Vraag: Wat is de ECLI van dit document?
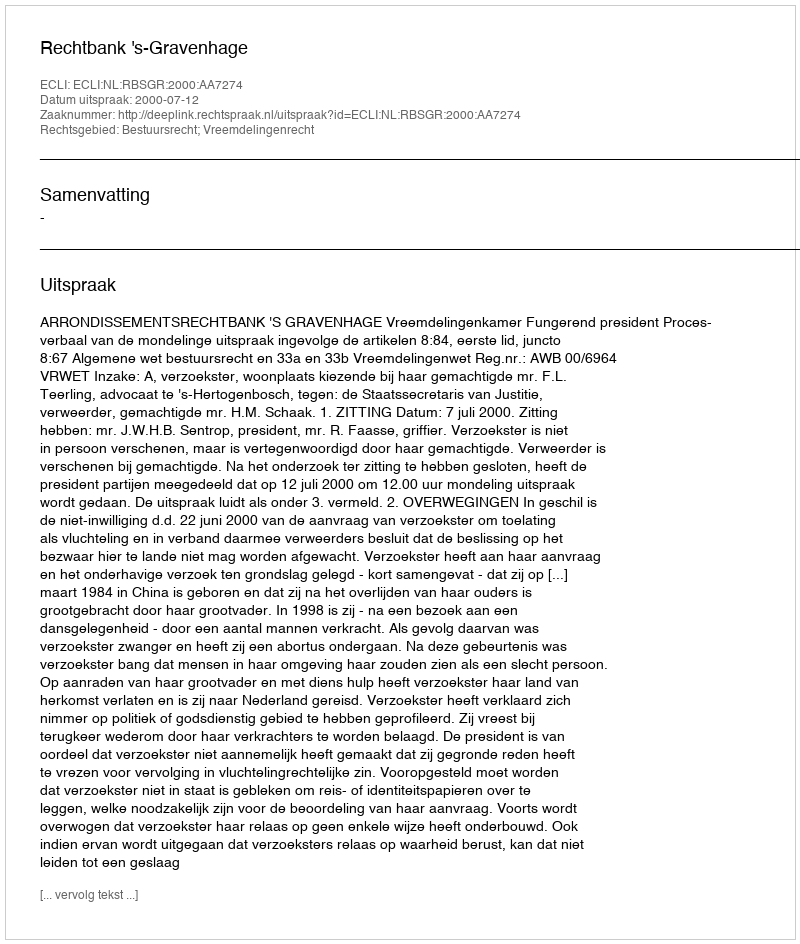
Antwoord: ECLI:NL:RBSGR:2000:AA7274